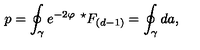
p = \oint _ { \gamma } e ^ { - 2 \varphi } \ { } ^ { \star } F _ { ( d - 1 ) } = \oint _ { \gamma } d a ,